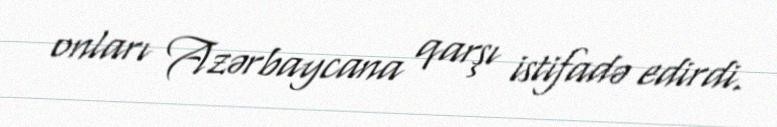
onları Azərbaycana qarşı istifadə edirdi.